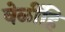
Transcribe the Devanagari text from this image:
वेळींहि